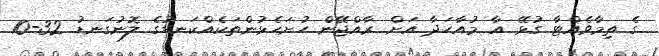
ގެ ތިމާވެއްޓާ ގުޅޭ އާ މުއާހަދާ އަށް ރާއްޖޭން ހުށަހެޅުންތަކެއްކަނޑުގެ ލޮނުގަނޑު 32-10